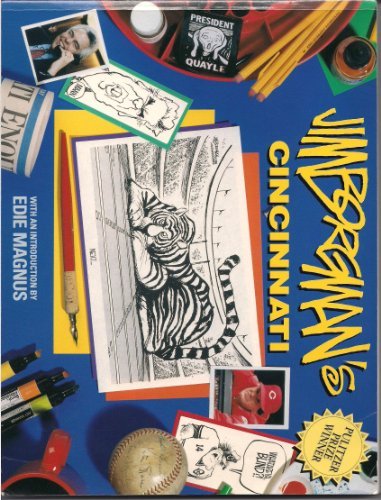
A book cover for Jim Borgman's Cincinnati; Jim Borgman; Travel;